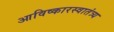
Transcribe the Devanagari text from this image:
आविष्कारस्वातंत्र्य